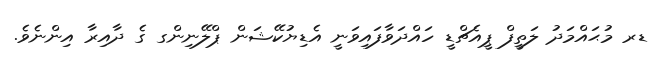
ޑރ މުޙައްމަދު ލަތީފް ޕީއެޗްޑީ ހައްދަވާފައިވަނީ އެޑިޔުކޭޝަން ޕްލޭނިންގ ގެ ދާއިރާ އިންނެވެ.